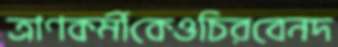
ত্রাণকর্মীকেওচিরবেনদ